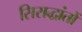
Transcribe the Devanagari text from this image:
सिसद्धांतों